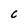
Character: C